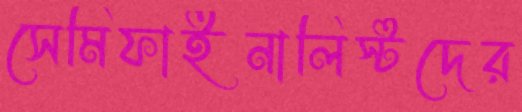
সেমিফাইনালিস্টদের